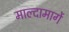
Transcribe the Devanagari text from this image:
माल्दामार्गे